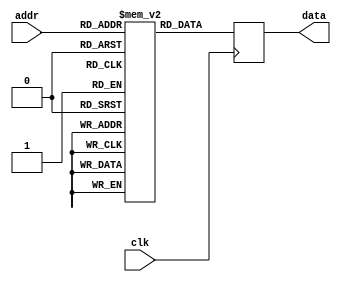
module rom (input clk,
                input wire [8:0] addr,
                output reg [31:0] data);

  //-- Memoria
  reg [31:0] angle_table [0:360];

  //-- Proceso de acceso a la memoria. 
  //-- Se ha elegido flanco de bajada en este ejemplo, pero
  //-- funciona igual si es de subida
  always @(posedge clk) begin
    data <= angle_table[addr];
  end

//-- Inicializacion de la memoria.
  initial begin
	angle_table[0] = 32'b00000000000000000000000000000000;
	angle_table[1] = 32'b00000000101101100000101101100001;
	angle_table[2] = 32'b00000001011011000001011011000001;
	angle_table[3] = 32'b00000010001000100010001000100010;
	angle_table[4] = 32'b00000010110110000010110110000011;
	angle_table[5] = 32'b00000011100011100011100011100100;
	angle_table[6] = 32'b00000100010001000100010001000100;
	angle_table[7] = 32'b00000100111110100100111110100101;
	angle_table[8] = 32'b00000101101100000101101100000110;
	angle_table[9] = 32'b00000110011001100110011001100110;
	angle_table[10] = 32'b00000111000111000111000111000111;
	angle_table[11] = 32'b00000111110100100111110100101000;
	angle_table[12] = 32'b00001000100010001000100010001001;
	angle_table[13] = 32'b00001001001111101001001111101001;
	angle_table[14] = 32'b00001001111101001001111101001010;
	angle_table[15] = 32'b00001010101010101010101010101011;
	angle_table[16] = 32'b00001011011000001011011000001011;
	angle_table[17] = 32'b00001100000101101100000101101100;
	angle_table[18] = 32'b00001100110011001100110011001101;
	angle_table[19] = 32'b00001101100000101101100000101110;
	angle_table[20] = 32'b00001110001110001110001110001110;
	angle_table[21] = 32'b00001110111011101110111011101111;
	angle_table[22] = 32'b00001111101001001111101001010000;
	angle_table[23] = 32'b00010000010110110000010110110000;
	angle_table[24] = 32'b00010001000100010001000100010001;
	angle_table[25] = 32'b00010001110001110001110001110010;
	angle_table[26] = 32'b00010010011111010010011111010010;
	angle_table[27] = 32'b00010011001100110011001100110011;
	angle_table[28] = 32'b00010011111010010011111010010100;
	angle_table[29] = 32'b00010100100111110100100111110101;
	angle_table[30] = 32'b00010101010101010101010101010101;
	angle_table[31] = 32'b00010110000010110110000010110110;
	angle_table[32] = 32'b00010110110000010110110000010111;
	angle_table[33] = 32'b00010111011101110111011101110111;
	angle_table[34] = 32'b00011000001011011000001011011000;
	angle_table[35] = 32'b00011000111000111000111000111001;
	angle_table[36] = 32'b00011001100110011001100110011010;
	angle_table[37] = 32'b00011010010011111010010011111010;
	angle_table[38] = 32'b00011011000001011011000001011011;
	angle_table[39] = 32'b00011011101110111011101110111100;
	angle_table[40] = 32'b00011100011100011100011100011100;
	angle_table[41] = 32'b00011101001001111101001001111101;
	angle_table[42] = 32'b00011101110111011101110111011110;
	angle_table[43] = 32'b00011110100100111110100100111111;
	angle_table[44] = 32'b00011111010010011111010010011111;
	angle_table[45] = 32'b00100000000000000000000000000000;
	angle_table[46] = 32'b00100000101101100000101101100001;
	angle_table[47] = 32'b00100001011011000001011011000001;
	angle_table[48] = 32'b00100010001000100010001000100010;
	angle_table[49] = 32'b00100010110110000010110110000011;
	angle_table[50] = 32'b00100011100011100011100011100100;
	angle_table[51] = 32'b00100100010001000100010001000100;
	angle_table[52] = 32'b00100100111110100100111110100101;
	angle_table[53] = 32'b00100101101100000101101100000110;
	angle_table[54] = 32'b00100110011001100110011001100110;
	angle_table[55] = 32'b00100111000111000111000111000111;
	angle_table[56] = 32'b00100111110100100111110100101000;
	angle_table[57] = 32'b00101000100010001000100010001001;
	angle_table[58] = 32'b00101001001111101001001111101001;
	angle_table[59] = 32'b00101001111101001001111101001010;
	angle_table[60] = 32'b00101010101010101010101010101011;
	angle_table[61] = 32'b00101011011000001011011000001011;
	angle_table[62] = 32'b00101100000101101100000101101100;
	angle_table[63] = 32'b00101100110011001100110011001101;
	angle_table[64] = 32'b00101101100000101101100000101110;
	angle_table[65] = 32'b00101110001110001110001110001110;
	angle_table[66] = 32'b00101110111011101110111011101111;
	angle_table[67] = 32'b00101111101001001111101001010000;
	angle_table[68] = 32'b00110000010110110000010110110000;
	angle_table[69] = 32'b00110001000100010001000100010001;
	angle_table[70] = 32'b00110001110001110001110001110010;
	angle_table[71] = 32'b00110010011111010010011111010010;
	angle_table[72] = 32'b00110011001100110011001100110011;
	angle_table[73] = 32'b00110011111010010011111010010100;
	angle_table[74] = 32'b00110100100111110100100111110101;
	angle_table[75] = 32'b00110101010101010101010101010101;
	angle_table[76] = 32'b00110110000010110110000010110110;
	angle_table[77] = 32'b00110110110000010110110000010111;
	angle_table[78] = 32'b00110111011101110111011101110111;
	angle_table[79] = 32'b00111000001011011000001011011000;
	angle_table[80] = 32'b00111000111000111000111000111001;
	angle_table[81] = 32'b00111001100110011001100110011010;
	angle_table[82] = 32'b00111010010011111010010011111010;
	angle_table[83] = 32'b00111011000001011011000001011011;
	angle_table[84] = 32'b00111011101110111011101110111100;
	angle_table[85] = 32'b00111100011100011100011100011100;
	angle_table[86] = 32'b00111101001001111101001001111101;
	angle_table[87] = 32'b00111101110111011101110111011110;
	angle_table[88] = 32'b00111110100100111110100100111111;
	angle_table[89] = 32'b00111111010010011111010010011111;
	angle_table[90] = 32'b01000000000000000000000000000000;
	angle_table[91] = 32'b01000000101101100000101101100001;
	angle_table[92] = 32'b01000001011011000001011011000001;
	angle_table[93] = 32'b01000010001000100010001000100010;
	angle_table[94] = 32'b01000010110110000010110110000011;
	angle_table[95] = 32'b01000011100011100011100011100100;
	angle_table[96] = 32'b01000100010001000100010001000100;
	angle_table[97] = 32'b01000100111110100100111110100101;
	angle_table[98] = 32'b01000101101100000101101100000110;
	angle_table[99] = 32'b01000110011001100110011001100110;
	angle_table[100] = 32'b01000111000111000111000111000111;
	angle_table[101] = 32'b01000111110100100111110100101000;
	angle_table[102] = 32'b01001000100010001000100010001001;
	angle_table[103] = 32'b01001001001111101001001111101001;
	angle_table[104] = 32'b01001001111101001001111101001010;
	angle_table[105] = 32'b01001010101010101010101010101011;
	angle_table[106] = 32'b01001011011000001011011000001011;
	angle_table[107] = 32'b01001100000101101100000101101100;
	angle_table[108] = 32'b01001100110011001100110011001101;
	angle_table[109] = 32'b01001101100000101101100000101110;
	angle_table[110] = 32'b01001110001110001110001110001110;
	angle_table[111] = 32'b01001110111011101110111011101111;
	angle_table[112] = 32'b01001111101001001111101001010000;
	angle_table[113] = 32'b01010000010110110000010110110000;
	angle_table[114] = 32'b01010001000100010001000100010001;
	angle_table[115] = 32'b01010001110001110001110001110010;
	angle_table[116] = 32'b01010010011111010010011111010010;
	angle_table[117] = 32'b01010011001100110011001100110011;
	angle_table[118] = 32'b01010011111010010011111010010100;
	angle_table[119] = 32'b01010100100111110100100111110101;
	angle_table[120] = 32'b01010101010101010101010101010101;
	angle_table[121] = 32'b01010110000010110110000010110110;
	angle_table[122] = 32'b01010110110000010110110000010111;
	angle_table[123] = 32'b01010111011101110111011101110111;
	angle_table[124] = 32'b01011000001011011000001011011000;
	angle_table[125] = 32'b01011000111000111000111000111001;
	angle_table[126] = 32'b01011001100110011001100110011010;
	angle_table[127] = 32'b01011010010011111010010011111010;
	angle_table[128] = 32'b01011011000001011011000001011011;
	angle_table[129] = 32'b01011011101110111011101110111100;
	angle_table[130] = 32'b01011100011100011100011100011100;
	angle_table[131] = 32'b01011101001001111101001001111101;
	angle_table[132] = 32'b01011101110111011101110111011110;
	angle_table[133] = 32'b01011110100100111110100100111111;
	angle_table[134] = 32'b01011111010010011111010010011111;
	angle_table[135] = 32'b01100000000000000000000000000000;
	angle_table[136] = 32'b01100000101101100000101101100001;
	angle_table[137] = 32'b01100001011011000001011011000001;
	angle_table[138] = 32'b01100010001000100010001000100010;
	angle_table[139] = 32'b01100010110110000010110110000011;
	angle_table[140] = 32'b01100011100011100011100011100100;
	angle_table[141] = 32'b01100100010001000100010001000100;
	angle_table[142] = 32'b01100100111110100100111110100101;
	angle_table[143] = 32'b01100101101100000101101100000110;
	angle_table[144] = 32'b01100110011001100110011001100110;
	angle_table[145] = 32'b01100111000111000111000111000111;
	angle_table[146] = 32'b01100111110100100111110100101000;
	angle_table[147] = 32'b01101000100010001000100010001001;
	angle_table[148] = 32'b01101001001111101001001111101001;
	angle_table[149] = 32'b01101001111101001001111101001010;
	angle_table[150] = 32'b01101010101010101010101010101011;
	angle_table[151] = 32'b01101011011000001011011000001011;
	angle_table[152] = 32'b01101100000101101100000101101100;
	angle_table[153] = 32'b01101100110011001100110011001101;
	angle_table[154] = 32'b01101101100000101101100000101110;
	angle_table[155] = 32'b01101110001110001110001110001110;
	angle_table[156] = 32'b01101110111011101110111011101111;
	angle_table[157] = 32'b01101111101001001111101001010000;
	angle_table[158] = 32'b01110000010110110000010110110000;
	angle_table[159] = 32'b01110001000100010001000100010001;
	angle_table[160] = 32'b01110001110001110001110001110010;
	angle_table[161] = 32'b01110010011111010010011111010010;
	angle_table[162] = 32'b01110011001100110011001100110011;
	angle_table[163] = 32'b01110011111010010011111010010100;
	angle_table[164] = 32'b01110100100111110100100111110101;
	angle_table[165] = 32'b01110101010101010101010101010101;
	angle_table[166] = 32'b01110110000010110110000010110110;
	angle_table[167] = 32'b01110110110000010110110000010111;
	angle_table[168] = 32'b01110111011101110111011101110111;
	angle_table[169] = 32'b01111000001011011000001011011000;
	angle_table[170] = 32'b01111000111000111000111000111001;
	angle_table[171] = 32'b01111001100110011001100110011010;
	angle_table[172] = 32'b01111010010011111010010011111010;
	angle_table[173] = 32'b01111011000001011011000001011011;
	angle_table[174] = 32'b01111011101110111011101110111100;
	angle_table[175] = 32'b01111100011100011100011100011100;
	angle_table[176] = 32'b01111101001001111101001001111101;
	angle_table[177] = 32'b01111101110111011101110111011110;
	angle_table[178] = 32'b01111110100100111110100100111111;
	angle_table[179] = 32'b01111111010010011111010010011111;
	angle_table[180] = 32'b10000000000000000000000000000000;
	angle_table[181] = 32'b10000000101101100000101101100001;
	angle_table[182] = 32'b10000001011011000001011011000001;
	angle_table[183] = 32'b10000010001000100010001000100010;
	angle_table[184] = 32'b10000010110110000010110110000011;
	angle_table[185] = 32'b10000011100011100011100011100100;
	angle_table[186] = 32'b10000100010001000100010001000100;
	angle_table[187] = 32'b10000100111110100100111110100101;
	angle_table[188] = 32'b10000101101100000101101100000110;
	angle_table[189] = 32'b10000110011001100110011001100110;
	angle_table[190] = 32'b10000111000111000111000111000111;
	angle_table[191] = 32'b10000111110100100111110100101000;
	angle_table[192] = 32'b10001000100010001000100010001001;
	angle_table[193] = 32'b10001001001111101001001111101001;
	angle_table[194] = 32'b10001001111101001001111101001010;
	angle_table[195] = 32'b10001010101010101010101010101011;
	angle_table[196] = 32'b10001011011000001011011000001011;
	angle_table[197] = 32'b10001100000101101100000101101100;
	angle_table[198] = 32'b10001100110011001100110011001101;
	angle_table[199] = 32'b10001101100000101101100000101110;
	angle_table[200] = 32'b10001110001110001110001110001110;
	angle_table[201] = 32'b10001110111011101110111011101111;
	angle_table[202] = 32'b10001111101001001111101001010000;
	angle_table[203] = 32'b10010000010110110000010110110000;
	angle_table[204] = 32'b10010001000100010001000100010001;
	angle_table[205] = 32'b10010001110001110001110001110010;
	angle_table[206] = 32'b10010010011111010010011111010010;
	angle_table[207] = 32'b10010011001100110011001100110011;
	angle_table[208] = 32'b10010011111010010011111010010100;
	angle_table[209] = 32'b10010100100111110100100111110101;
	angle_table[210] = 32'b10010101010101010101010101010101;
	angle_table[211] = 32'b10010110000010110110000010110110;
	angle_table[212] = 32'b10010110110000010110110000010111;
	angle_table[213] = 32'b10010111011101110111011101110111;
	angle_table[214] = 32'b10011000001011011000001011011000;
	angle_table[215] = 32'b10011000111000111000111000111001;
	angle_table[216] = 32'b10011001100110011001100110011010;
	angle_table[217] = 32'b10011010010011111010010011111010;
	angle_table[218] = 32'b10011011000001011011000001011011;
	angle_table[219] = 32'b10011011101110111011101110111100;
	angle_table[220] = 32'b10011100011100011100011100011100;
	angle_table[221] = 32'b10011101001001111101001001111101;
	angle_table[222] = 32'b10011101110111011101110111011110;
	angle_table[223] = 32'b10011110100100111110100100111111;
	angle_table[224] = 32'b10011111010010011111010010011111;
	angle_table[225] = 32'b10100000000000000000000000000000;
	angle_table[226] = 32'b10100000101101100000101101100001;
	angle_table[227] = 32'b10100001011011000001011011000001;
	angle_table[228] = 32'b10100010001000100010001000100010;
	angle_table[229] = 32'b10100010110110000010110110000011;
	angle_table[230] = 32'b10100011100011100011100011100100;
	angle_table[231] = 32'b10100100010001000100010001000100;
	angle_table[232] = 32'b10100100111110100100111110100101;
	angle_table[233] = 32'b10100101101100000101101100000110;
	angle_table[234] = 32'b10100110011001100110011001100110;
	angle_table[235] = 32'b10100111000111000111000111000111;
	angle_table[236] = 32'b10100111110100100111110100101000;
	angle_table[237] = 32'b10101000100010001000100010001001;
	angle_table[238] = 32'b10101001001111101001001111101001;
	angle_table[239] = 32'b10101001111101001001111101001010;
	angle_table[240] = 32'b10101010101010101010101010101011;
	angle_table[241] = 32'b10101011011000001011011000001011;
	angle_table[242] = 32'b10101100000101101100000101101100;
	angle_table[243] = 32'b10101100110011001100110011001101;
	angle_table[244] = 32'b10101101100000101101100000101110;
	angle_table[245] = 32'b10101110001110001110001110001110;
	angle_table[246] = 32'b10101110111011101110111011101111;
	angle_table[247] = 32'b10101111101001001111101001010000;
	angle_table[248] = 32'b10110000010110110000010110110000;
	angle_table[249] = 32'b10110001000100010001000100010001;
	angle_table[250] = 32'b10110001110001110001110001110010;
	angle_table[251] = 32'b10110010011111010010011111010010;
	angle_table[252] = 32'b10110011001100110011001100110011;
	angle_table[253] = 32'b10110011111010010011111010010100;
	angle_table[254] = 32'b10110100100111110100100111110101;
	angle_table[255] = 32'b10110101010101010101010101010101;
	angle_table[256] = 32'b10110110000010110110000010110110;
	angle_table[257] = 32'b10110110110000010110110000010111;
	angle_table[258] = 32'b10110111011101110111011101110111;
	angle_table[259] = 32'b10111000001011011000001011011000;
	angle_table[260] = 32'b10111000111000111000111000111001;
	angle_table[261] = 32'b10111001100110011001100110011010;
	angle_table[262] = 32'b10111010010011111010010011111010;
	angle_table[263] = 32'b10111011000001011011000001011011;
	angle_table[264] = 32'b10111011101110111011101110111100;
	angle_table[265] = 32'b10111100011100011100011100011100;
	angle_table[266] = 32'b10111101001001111101001001111101;
	angle_table[267] = 32'b10111101110111011101110111011110;
	angle_table[268] = 32'b10111110100100111110100100111111;
	angle_table[269] = 32'b10111111010010011111010010011111;
	angle_table[270] = 32'b11000000000000000000000000000000;
	angle_table[271] = 32'b11000000101101100000101101100001;
	angle_table[272] = 32'b11000001011011000001011011000001;
	angle_table[273] = 32'b11000010001000100010001000100010;
	angle_table[274] = 32'b11000010110110000010110110000011;
	angle_table[275] = 32'b11000011100011100011100011100100;
	angle_table[276] = 32'b11000100010001000100010001000100;
	angle_table[277] = 32'b11000100111110100100111110100101;
	angle_table[278] = 32'b11000101101100000101101100000110;
	angle_table[279] = 32'b11000110011001100110011001100110;
	angle_table[280] = 32'b11000111000111000111000111000111;
	angle_table[281] = 32'b11000111110100100111110100101000;
	angle_table[282] = 32'b11001000100010001000100010001001;
	angle_table[283] = 32'b11001001001111101001001111101001;
	angle_table[284] = 32'b11001001111101001001111101001010;
	angle_table[285] = 32'b11001010101010101010101010101011;
	angle_table[286] = 32'b11001011011000001011011000001011;
	angle_table[287] = 32'b11001100000101101100000101101100;
	angle_table[288] = 32'b11001100110011001100110011001101;
	angle_table[289] = 32'b11001101100000101101100000101110;
	angle_table[290] = 32'b11001110001110001110001110001110;
	angle_table[291] = 32'b11001110111011101110111011101111;
	angle_table[292] = 32'b11001111101001001111101001010000;
	angle_table[293] = 32'b11010000010110110000010110110000;
	angle_table[294] = 32'b11010001000100010001000100010001;
	angle_table[295] = 32'b11010001110001110001110001110010;
	angle_table[296] = 32'b11010010011111010010011111010010;
	angle_table[297] = 32'b11010011001100110011001100110011;
	angle_table[298] = 32'b11010011111010010011111010010100;
	angle_table[299] = 32'b11010100100111110100100111110101;
	angle_table[300] = 32'b11010101010101010101010101010101;
	angle_table[301] = 32'b11010110000010110110000010110110;
	angle_table[302] = 32'b11010110110000010110110000010111;
	angle_table[303] = 32'b11010111011101110111011101110111;
	angle_table[304] = 32'b11011000001011011000001011011000;
	angle_table[305] = 32'b11011000111000111000111000111001;
	angle_table[306] = 32'b11011001100110011001100110011010;
	angle_table[307] = 32'b11011010010011111010010011111010;
	angle_table[308] = 32'b11011011000001011011000001011011;
	angle_table[309] = 32'b11011011101110111011101110111100;
	angle_table[310] = 32'b11011100011100011100011100011100;
	angle_table[311] = 32'b11011101001001111101001001111101;
	angle_table[312] = 32'b11011101110111011101110111011110;
	angle_table[313] = 32'b11011110100100111110100100111111;
	angle_table[314] = 32'b11011111010010011111010010011111;
	angle_table[315] = 32'b11100000000000000000000000000000;
	angle_table[316] = 32'b11100000101101100000101101100001;
	angle_table[317] = 32'b11100001011011000001011011000001;
	angle_table[318] = 32'b11100010001000100010001000100010;
	angle_table[319] = 32'b11100010110110000010110110000011;
	angle_table[320] = 32'b11100011100011100011100011100100;
	angle_table[321] = 32'b11100100010001000100010001000100;
	angle_table[322] = 32'b11100100111110100100111110100101;
	angle_table[323] = 32'b11100101101100000101101100000110;
	angle_table[324] = 32'b11100110011001100110011001100110;
	angle_table[325] = 32'b11100111000111000111000111000111;
	angle_table[326] = 32'b11100111110100100111110100101000;
	angle_table[327] = 32'b11101000100010001000100010001001;
	angle_table[328] = 32'b11101001001111101001001111101001;
	angle_table[329] = 32'b11101001111101001001111101001010;
	angle_table[330] = 32'b11101010101010101010101010101011;
	angle_table[331] = 32'b11101011011000001011011000001011;
	angle_table[332] = 32'b11101100000101101100000101101100;
	angle_table[333] = 32'b11101100110011001100110011001101;
	angle_table[334] = 32'b11101101100000101101100000101110;
	angle_table[335] = 32'b11101110001110001110001110001110;
	angle_table[336] = 32'b11101110111011101110111011101111;
	angle_table[337] = 32'b11101111101001001111101001010000;
	angle_table[338] = 32'b11110000010110110000010110110000;
	angle_table[339] = 32'b11110001000100010001000100010001;
	angle_table[340] = 32'b11110001110001110001110001110010;
	angle_table[341] = 32'b11110010011111010010011111010010;
	angle_table[342] = 32'b11110011001100110011001100110011;
	angle_table[343] = 32'b11110011111010010011111010010100;
	angle_table[344] = 32'b11110100100111110100100111110101;
	angle_table[345] = 32'b11110101010101010101010101010101;
	angle_table[346] = 32'b11110110000010110110000010110110;
	angle_table[347] = 32'b11110110110000010110110000010111;
	angle_table[348] = 32'b11110111011101110111011101110111;
	angle_table[349] = 32'b11111000001011011000001011011000;
	angle_table[350] = 32'b11111000111000111000111000111001;
	angle_table[351] = 32'b11111001100110011001100110011010;
	angle_table[352] = 32'b11111010010011111010010011111010;
	angle_table[353] = 32'b11111011000001011011000001011011;
	angle_table[354] = 32'b11111011101110111011101110111100;
	angle_table[355] = 32'b11111100011100011100011100011100;
	angle_table[356] = 32'b11111101001001111101001001111101;
	angle_table[357] = 32'b11111101110111011101110111011110;
	angle_table[358] = 32'b11111110100100111110100100111111;
	angle_table[359] = 32'b11111111010010011111010010011111;
	
   end
	
endmodule